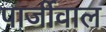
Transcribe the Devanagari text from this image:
पार्जीवाल